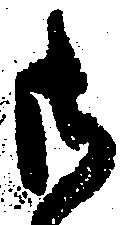
御